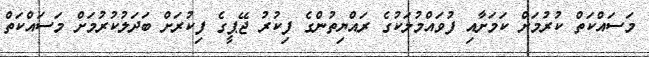
މަސައްކަތް ކުރުމަށް ކަމަށާއި ފުވައްމުލަކުގެ ރައްޔިތުންގެ ފިކުރު ޖޭޕީގެ ފިކުރަށް ބަދަލުކުރުމަށް މަސައްކަތް